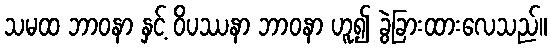
သမထ ဘာဝနာ နှင့် ဝိပဿနာ ဘာဝနာ ဟူ၍ ခွဲခြားထားလေသည်။